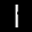
Label: 1